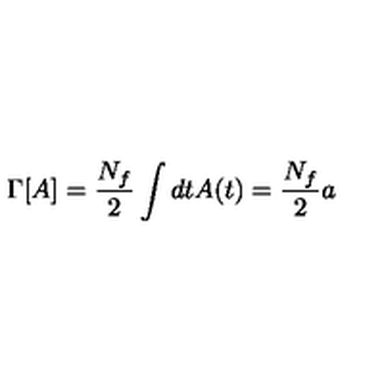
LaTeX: \Gamma [ A ] = \frac { N _ { f } } { 2 } \int d t A ( t ) = \frac { N _ { f } } { 2 } a